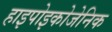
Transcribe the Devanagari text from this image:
हाइपोइकोजेनिक